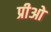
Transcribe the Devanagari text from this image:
प्रीओ